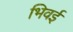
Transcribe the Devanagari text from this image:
भिवई